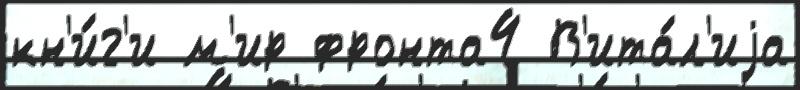
кн'и́г'и м'ир фронта4 В'ита́л'иjа